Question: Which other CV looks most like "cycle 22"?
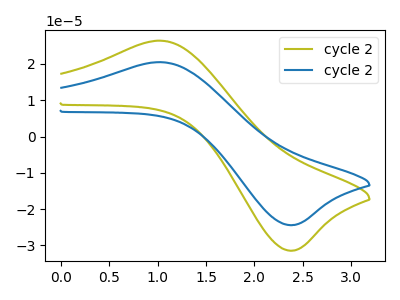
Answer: <think>The olive curve "cycle 21" has an anodic peak at (1.05V, 26.40uA) and a cathodic peak at (2.35V, -31.40uA). The blue curve "cycle 22" has an anodic peak at (1.05V, 20.50uA) and a cathodic peak at (2.35V, -24.40uA).
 All the peaks in "cycle 21" have a peak in "cycle 22" at the same potential. Every peak in "cycle 21" is higher than every peak in "cycle 22".</think>
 <answer>The CV with the most similar shape to "cycle 21" is "cycle 22".</answer>
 <eval>"cycle 22"</eval>